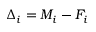
\begin{array} { r } { \Delta _ { i } = M _ { i } - F _ { i } } \end{array}